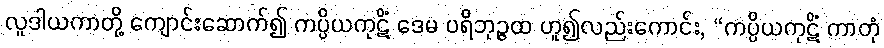
လူဒါယကာတို့ ကျောင်းဆောက်၍ ကပ္ပိယကုဋိံ ဒေမ ပရိဘုဉ္ဇထ ဟူ၍လည်းကောင်း, “ကပ္ပိယကုဋိံ ကာတုံ